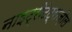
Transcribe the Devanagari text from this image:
नाइट्रोटेट्राज़ोल